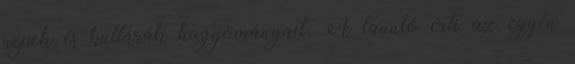
népek és kultúrák hagyományait. A tanuló érti az egyén